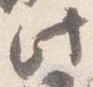
此